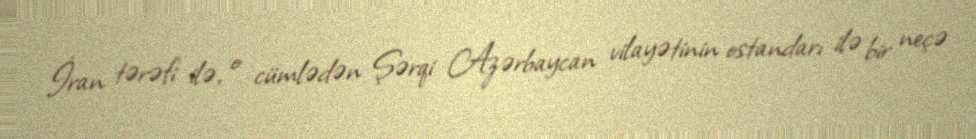
İran tərəfi ilə, o cümlədən Şərqi Azərbaycan vilayətinin ostandarı ilə bir neçə